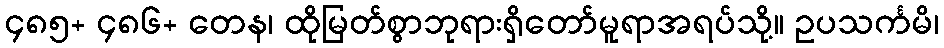
၄၈၅+ ၄၈၆+ တေန၊ ထိုမြတ်စွာဘုရားရှိတော်မူရာအရပ်သို့။ ဥပသင်္ကမိ၊